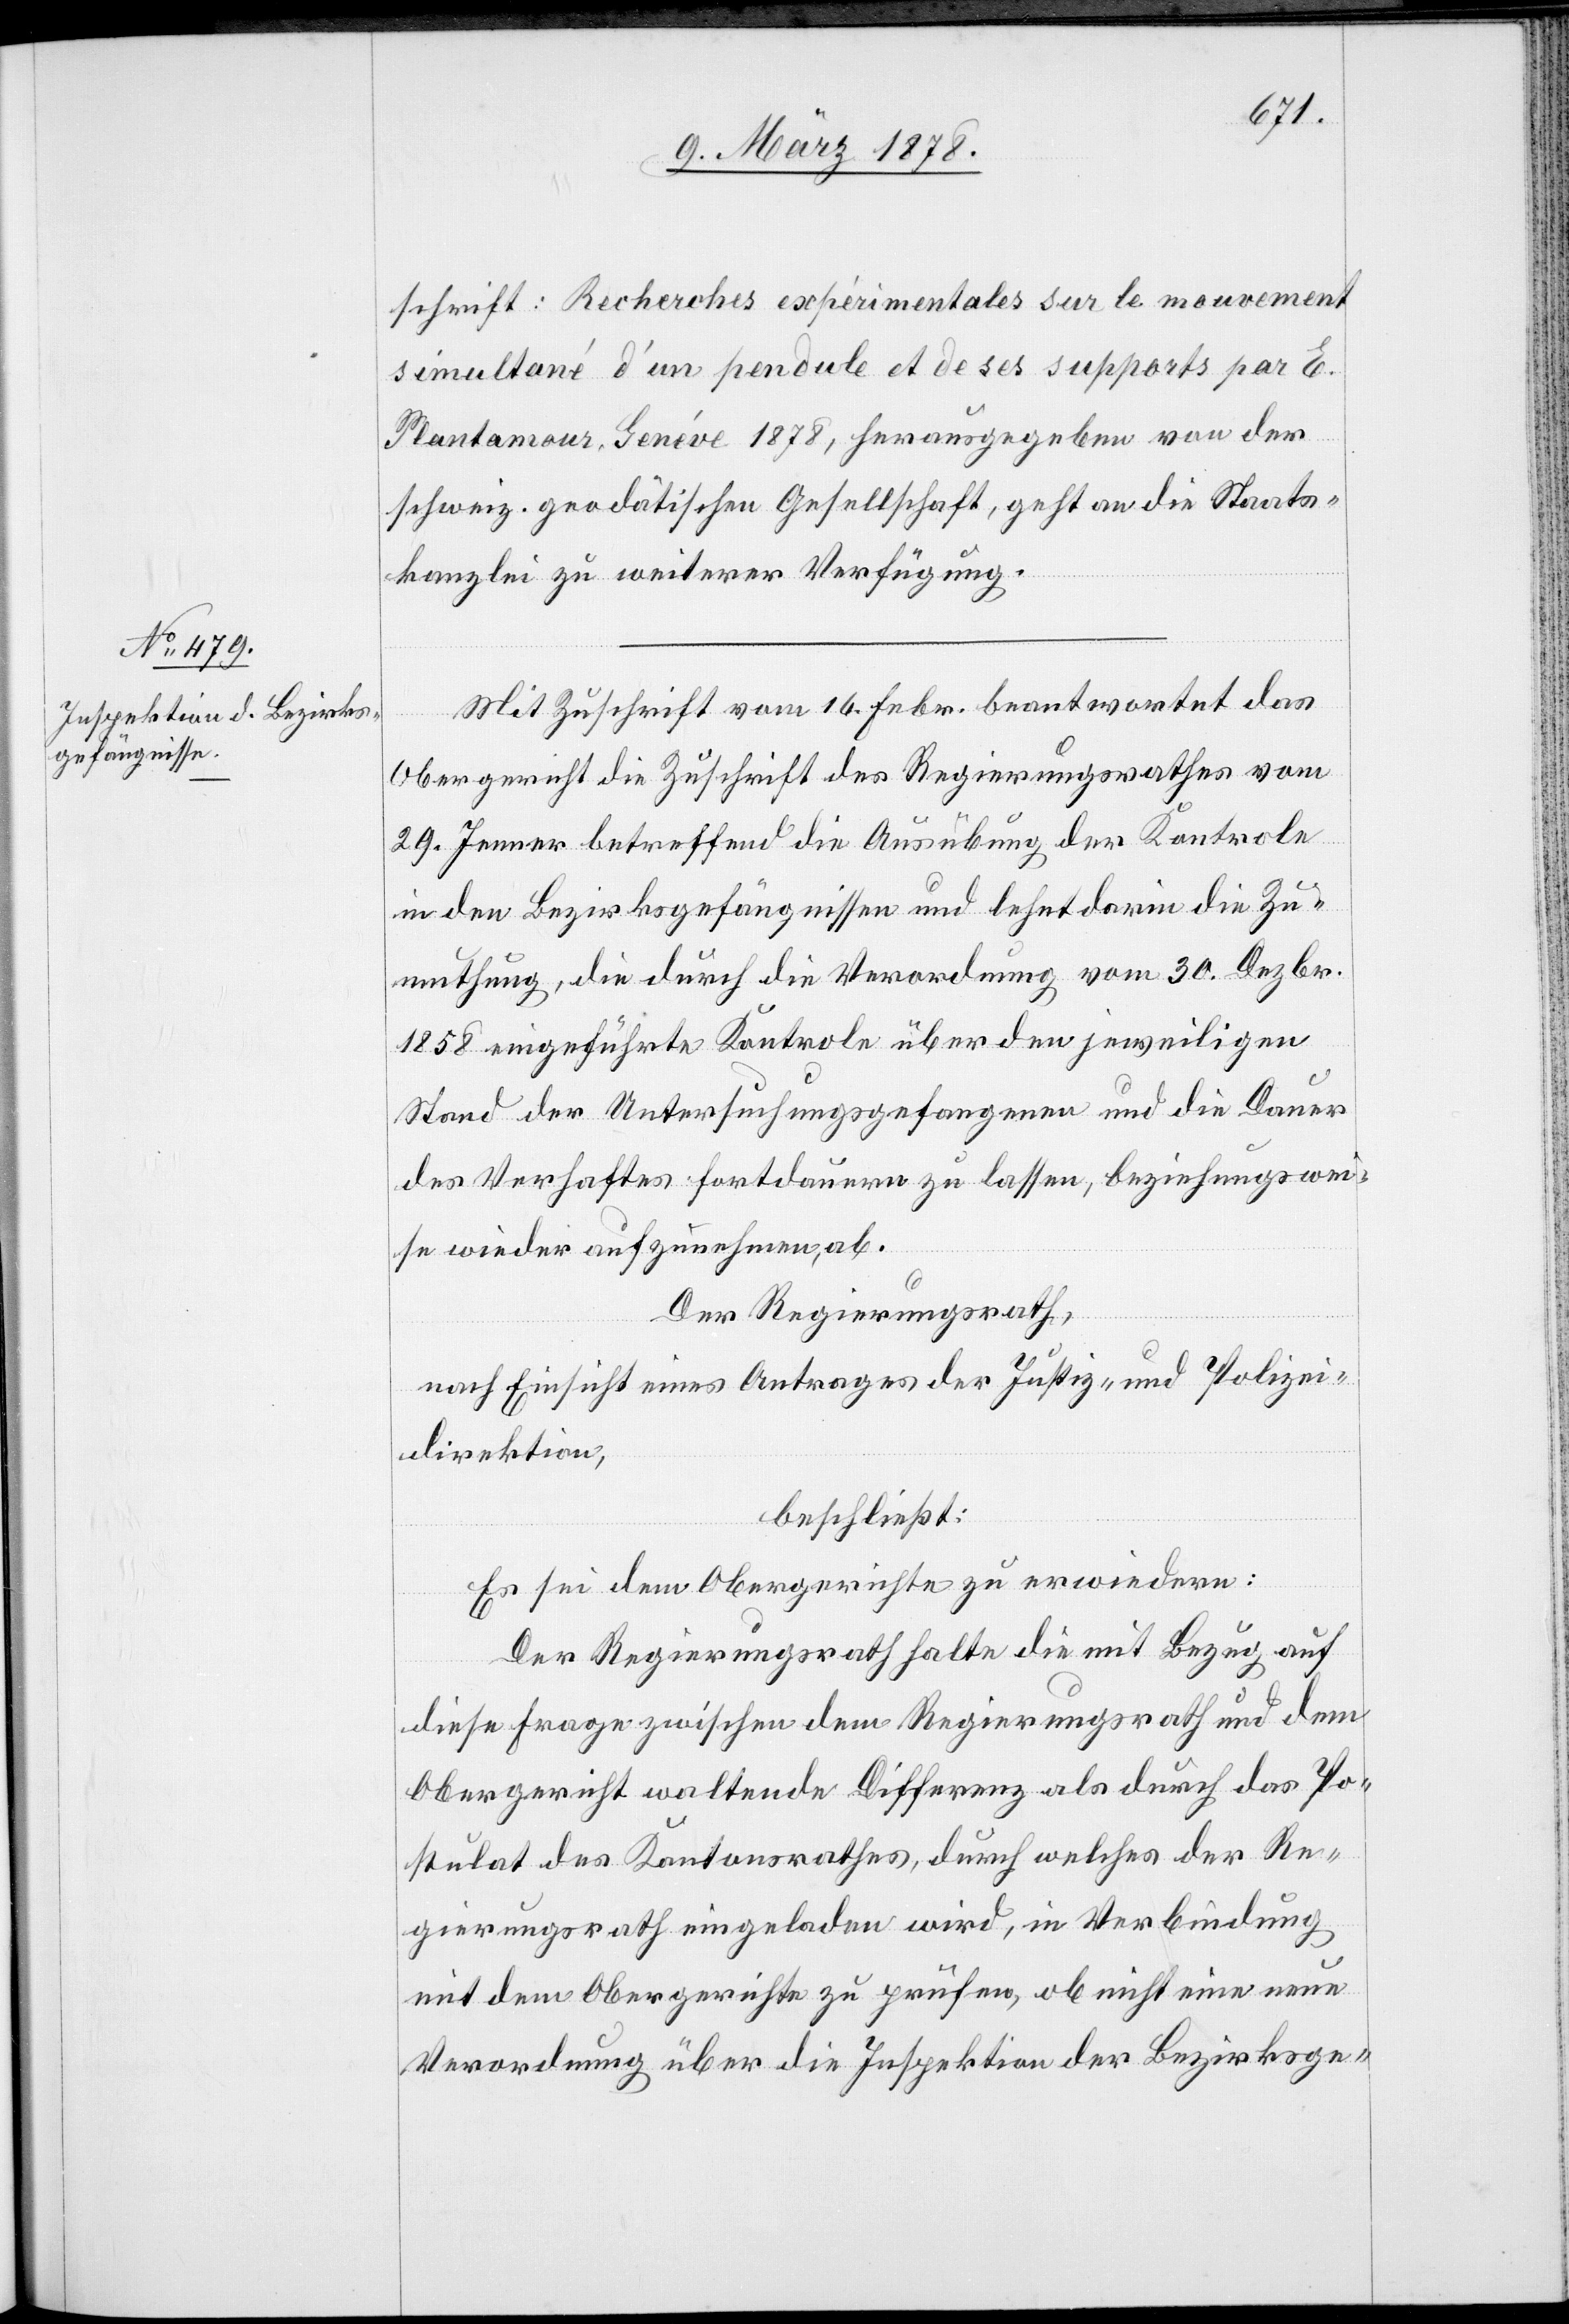
schrift: Recherches expérimentales sur le mouvement
simultané d’un pendule et de ses supports par E.
Plantamour, Genéve 1878, herausgegeben von der
schweiz. geodätischen Gesellschaft, geht an die Staats¬
kanzlei zu weiterer Verfügung.
Mit Zuschrift vom 16. Febr. beantwortet das
Obergericht die Zuschrift des Regierungsrathes vom
29. Jenner betreffend die Ausübung der Kontrole
in den Bezirksgefängnissen und lehnt darin die Zu¬
muthung, die durch die Verordnung vom 30. Dezbr.
1858 eingeführte Kontrole über den jeweiligen
Stand der Untersuchungsgefangenen und die Dauer
des Verhaftes fortdauern zu lassen, beziehungswei¬
se wieder aufzunehmen, ab.
Der Regierungsrath,
nach Einsicht eines Antrages der Justiz- & Polizei¬
direktion,
beschließt:
Es sei dem Obergerichte zu erwiedern:
Der Regierungsrath halte die mit Bezug auf
diese Frage zwischen dem Regierungsrath und dem
Obergericht waltende Differenz als durch das Po¬
stulat des Kantonsrathes, durch welches der Re¬
gierungsrath eingeladen wird, in Verbindung
mit dem Obergerichte zu prüfen, ob nicht eine neue
Verordnung über die Inspektion der Bezirksge-